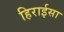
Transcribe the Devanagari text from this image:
हिराईसा